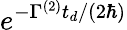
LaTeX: e^{-\Gamma^{(2)}t_{d}/(2\hbar)}